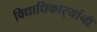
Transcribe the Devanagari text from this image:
विद्याधिकार्‍यांनी